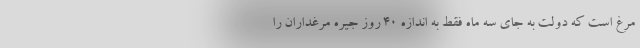
مرغ است که دولت به جای سه ماه فقط به اندازه ۴۰ روز جیره مرغداران را